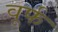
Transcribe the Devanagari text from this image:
वूर्फ